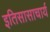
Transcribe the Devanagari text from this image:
इतिसासाचार्य